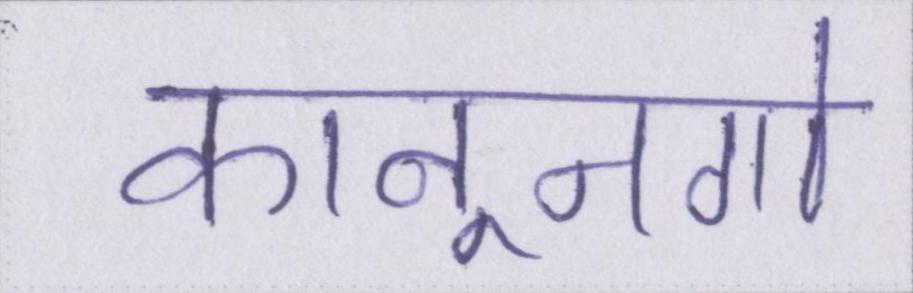
कानूनगो